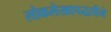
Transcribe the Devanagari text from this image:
लोकलेखापद्धतीने